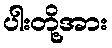
ပါးတို့အား